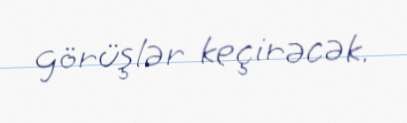
görüşlər keçirəcək.